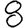
Digit: 8